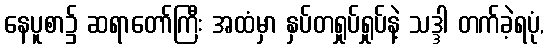
နေပူစာ၌ ဆရာတော်ကြီး အထံမှာ နှပ်တရှုပ်ရှုပ်နဲ့ သဒ္ဒါ တက်ခဲ့ရပုံ,